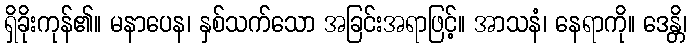
ရှိခိုးကုန်၏။ မနာပေန၊ နှစ်သက်သော အခြင်းအရာဖြင့်။ အာသနံ၊ နေရာကို။ ဒေန္တိ၊